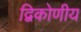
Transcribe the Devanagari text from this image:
द्विकोणीय